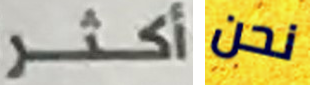
أكثر نحن